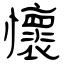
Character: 懷